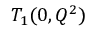
T _ { 1 } ( 0 , Q ^ { 2 } )